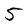
Character: 5